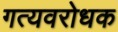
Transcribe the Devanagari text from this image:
गत्यवरोधक